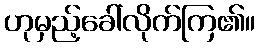
ဟုမှည့်ခေါ်လိုက်ကြ၏။